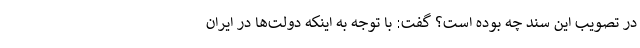
در تصویب این سند چه بوده است؟ گفت: با توجه به اینکه دولت‌ها در ایران